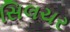
સિલચર